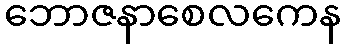
ဘောဇနာစေလကေန